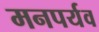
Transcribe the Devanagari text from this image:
मनपर्यव